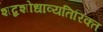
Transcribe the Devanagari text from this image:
शब्दशोधाव्यतिरिक्त